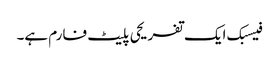
فیسبک ایک تفریحی پلیٹ فارم ہے۔